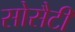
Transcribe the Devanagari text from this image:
सोसैटी